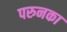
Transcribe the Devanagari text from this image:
परुनका